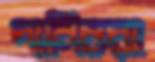
পানিচরা